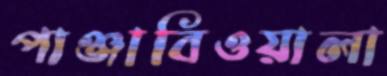
পাঞ্জাবিওয়ালা